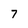
Character: 7